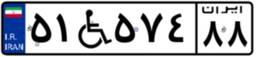
۵۱W۵۷۴۸۸